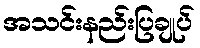
အသင်းနည်းပြချုပ်